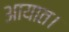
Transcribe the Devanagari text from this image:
आयात।